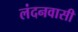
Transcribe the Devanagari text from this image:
लंदनवासी